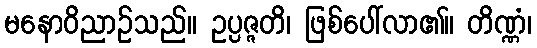
မနောဝိညာဉ်သည်။ ဥပ္ပဇ္ဇတိ၊ ဖြစ်ပေါ်လာ၏။ တိဏ္ဏံ၊